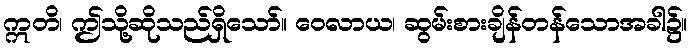
ဣတိ၊ ဤသို့ဆိုသည်ရှိသော်။ ဝေလာယ၊ ဆွမ်းစားချိန်တန်သောအခါ၌။